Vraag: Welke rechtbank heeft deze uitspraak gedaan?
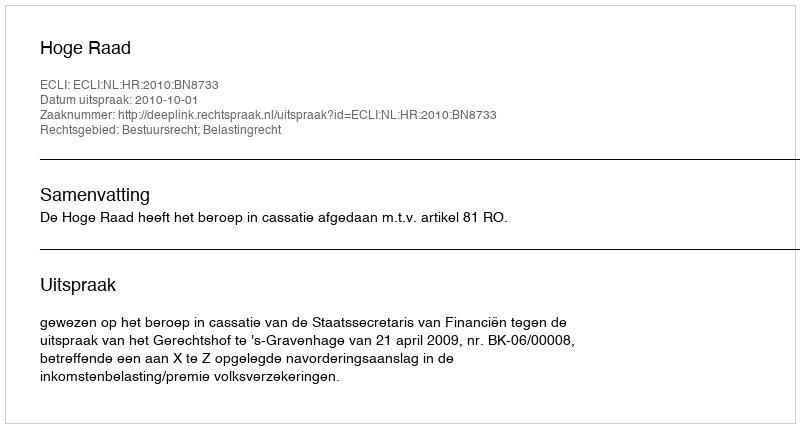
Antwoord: Hoge Raad